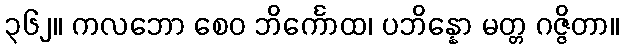
၃၆၂။ ကလဘော စေဝ ဘိင်္ကောထ၊ ပဘိန္နော မတ္တ ဂဇ္ဇိတာ။